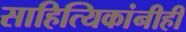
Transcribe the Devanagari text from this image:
साहित्यिकांनीही